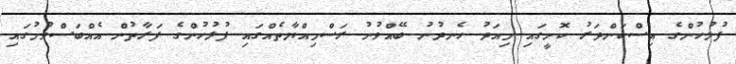
ފުލުހުންގެ އިސްކަންދަރު ކޮށީގައި މިއަދު ހެނދުނު ބޭއްވުނު ރަސްމިއްޔާތެއްގައި ފުލުހުންގެ ފަރާތުން އެއްބަސްވުމުގައި